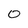
Character: 0